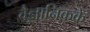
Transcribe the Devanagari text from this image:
वैज्ञानिकके